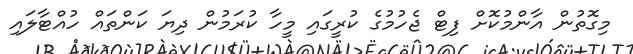
މިގޮތުން އާންމުކޮށް ފިޓް ޖެހުމުގެ ކުރީގައި މީހާ ކުރަމުން ދިޔަ ކަންތައް ހުއްޓާލައި